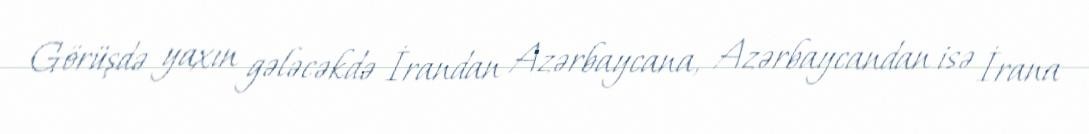
Görüşdə yaxın gələcəkdə İrandan Azərbaycana, Azərbaycandan isə İrana